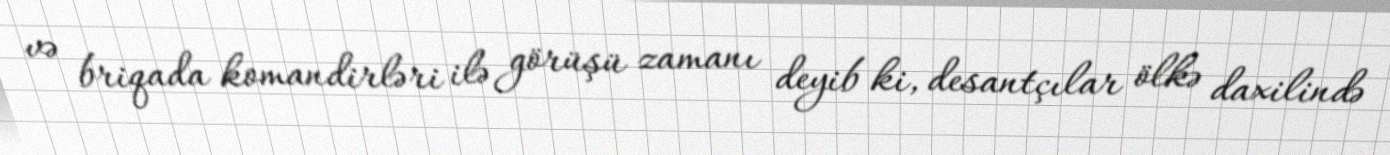
və briqada komandirləri ilə görüşü zamanı deyib ki, desantçılar ölkə daxilində